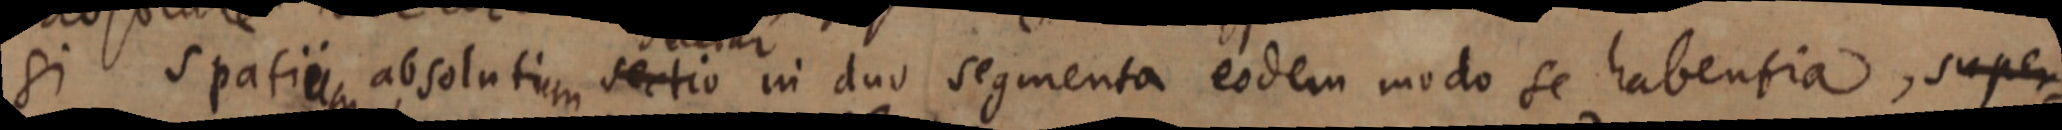
si spatium absolutium sectio in duo segmenta eodem modo se habentia, super